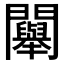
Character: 𨷯